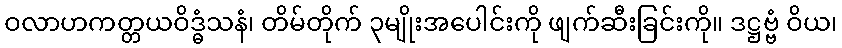
ဝလာဟကတ္တယဝိဒ္ဓံသနံ၊ တိမ်တိုက် ၃မျိုးအပေါင်းကို ဖျက်ဆီးခြင်းကို။ ဒဋ္ဌဗ္ဗံ ဝိယ၊